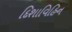
દિશાવિહિન